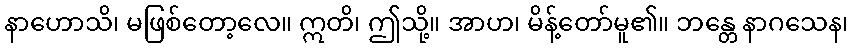
နာဟောသိ၊ မဖြစ်တော့လေ။ ဣတိ၊ ဤသို့။ အာဟ၊ မိန့်တော်မူ၏။ ဘန္တေ နာဂသေန၊